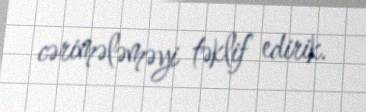
cərimələməyi təklif edirik.